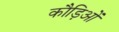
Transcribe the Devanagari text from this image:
कौड़िओं